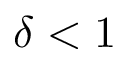
\delta < 1